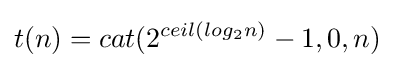
t(n)=cat(2^{ceil(log_{2}n)}-1,0,n)